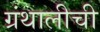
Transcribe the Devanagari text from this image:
ग्रंथालीची